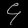
Digit: ၄